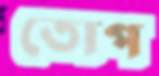
তোপ